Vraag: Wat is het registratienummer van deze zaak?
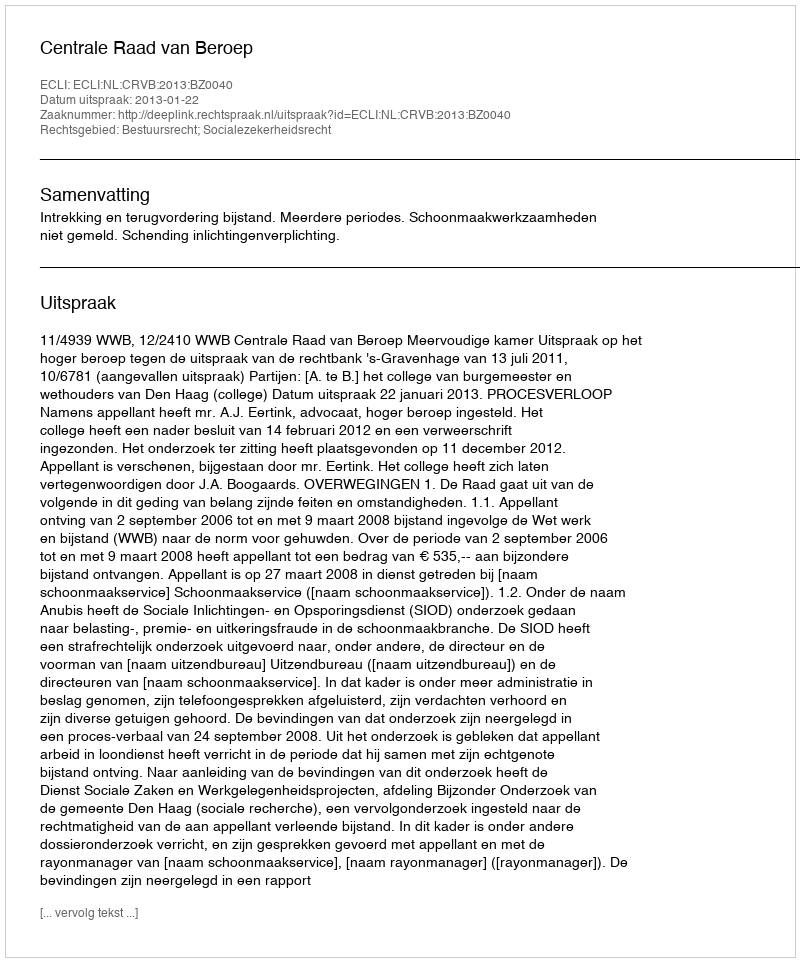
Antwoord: http://deeplink.rechtspraak.nl/uitspraak?id=ECLI:NL:CRVB:2013:BZ0040